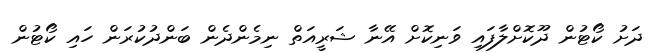
ދަށު ކޯޓުން ދޫކޮށްލާފައި ވަނިކޮށް އޭނާ ޝަރީއަތް ނިމެންދެން ބަންދުކުރަން ހައި ކޯޓުން